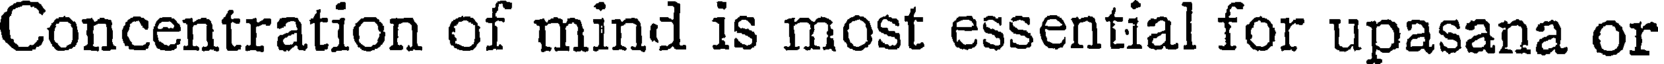
Concentration of mind is most essential for upasana or